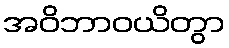
အဝိဘာဝယိတွာ